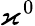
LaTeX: \varkappa^{0}